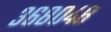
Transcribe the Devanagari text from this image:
३६८०४८